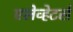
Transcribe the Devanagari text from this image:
एलेव्हेटर्स